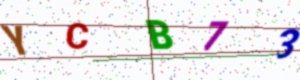
Text: YCB73